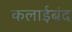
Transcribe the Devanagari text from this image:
कलाईबंद